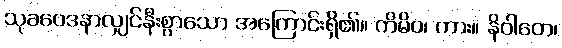
သုခဝေဒနာလျှင်နီးစွာသော အကြောင်းရှိ၏။ ကိမိဝ၊ ကား။ နိဝါတေ၊